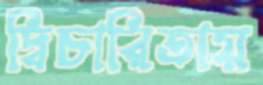
দ্বিচারিতায়